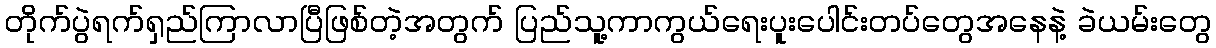
တိုက်ပွဲရက်ရှည်ကြာလာပြီဖြစ်တဲ့အတွက် ပြည်သူ့ကာကွယ်ရေးပူးပေါင်းတပ်တွေအနေနဲ့ ခဲယမ်းတွေ